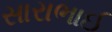
સારાભાઈ